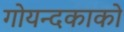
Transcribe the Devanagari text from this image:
गोयन्‍दकाको